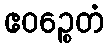
ဧဝဉ္စေတံ